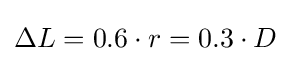
\Delta L=0.6\cdot r=0.3\cdot D